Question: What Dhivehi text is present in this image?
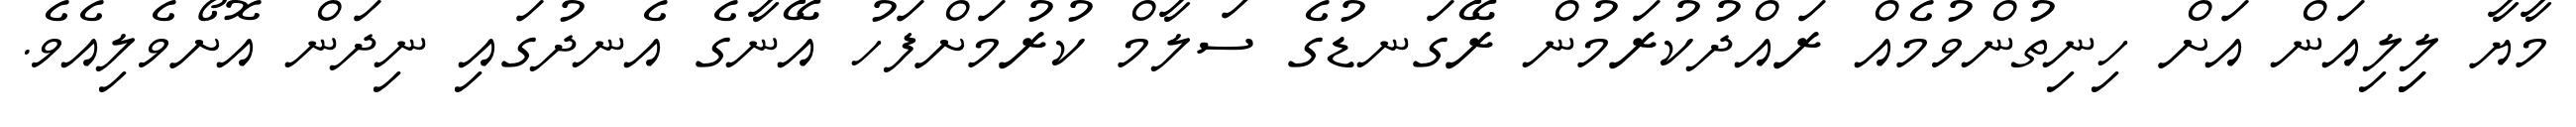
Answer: މާޔާ ލިިލިއަން އަށް ހިނިތުންވުމެއް ރައްދުކުރަމުން ރޭގަނޑުގެ ސަލާމް ކުރުމަށްފަހު އޭނާގެ އެނދުގައި ނިދަން އޮށޯވެލިއެވެ.